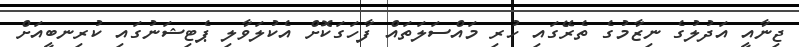
ޖިނާއީ އަދުލުގެ ނިޒާމުގެ ތެރޭގައި ހުރި މައްސަލަތައް ފާހަގަކޮށް އެކުލަވާލި ޕެޓިޝަނުގައި ކުރިނބީއަށް